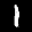
Label: 1